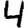
Digit: 4